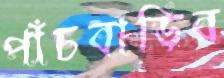
পাঁচবাড়ির